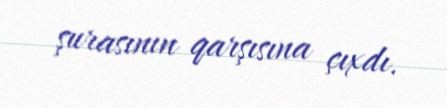
şurasının qarşısına çıxdı.